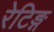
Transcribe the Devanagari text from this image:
रेटिङ्ग